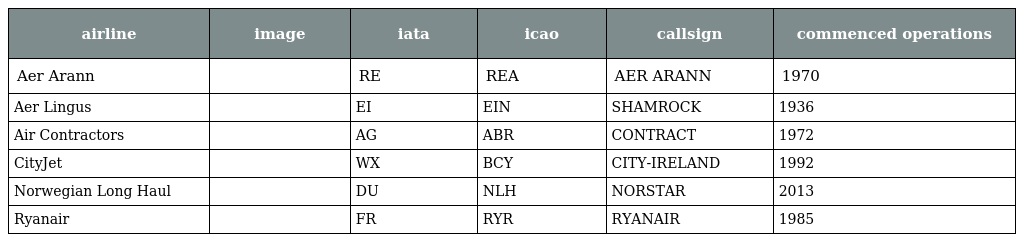
| airline | image | iata | icao | callsign | commenced operations |
 | --- | --- | --- | --- | --- | --- |
 | Aer Arann |  | RE | REA | AER ARANN | 1970 |
 | Aer Lingus |  | EI | EIN | SHAMROCK | 1936 |
 | Air Contractors |  | AG | ABR | CONTRACT | 1972 |
 | CityJet |  | WX | BCY | CITY-IRELAND | 1992 |
 | Norwegian Long Haul |  | DU | NLH | NORSTAR | 2013 |
 | Ryanair |  | FR | RYR | RYANAIR | 1985 |